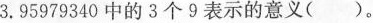
3.95979340中的3个9表示的意义( )。